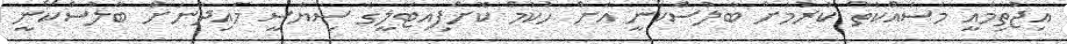
އިޖުތިމާއީ މަސައްކަތް ކުރުމަށް ބާލުސްކޯނީ އަށް ހުކުމް ކޮށްފިއިޓަލީގެ ސިޔާސީ މައިދާނަށް ބާލުސްކޯނީ